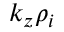
k _ { z } \rho _ { i }